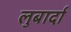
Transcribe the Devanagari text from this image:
लुबार्दा